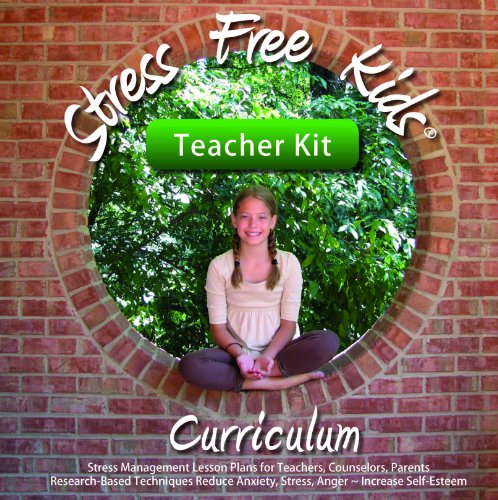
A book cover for Stress Free Kids Curriculum Teacher Kit: Stress Management Lesson Plans Reduce Anxiety, Stress, Anger, Worry, Increase Self-Esteem; Lori Lite; Self-Help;